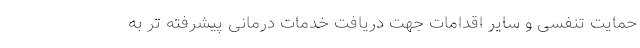
حمایت تنفسی و سایر اقدامات جهت دریافت خدمات درمانی پیشرفته تر به